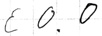
Text: E0.0